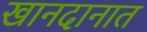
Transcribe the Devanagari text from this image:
खानदानात